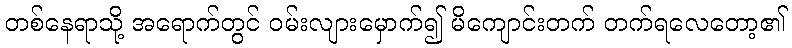
တစ်နေရာသို့ အရောက်တွင် ဝမ်းလျားမှောက်၍ မိကျောင်းတက် တက်ရလေတော့၏